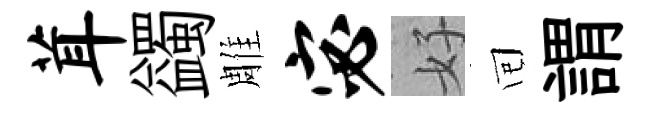
茸蠲雕宓好囘謂